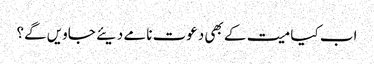
اب کیا میت کے بھی دعوت نامے دیئے جاویں گے؟